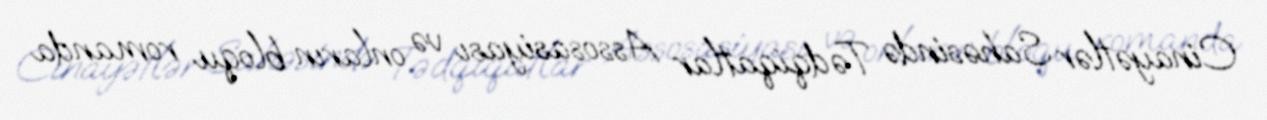
Cinayətlər Sahəsində Tədqiqatlar Assosasiyası və onların bloqu romanda